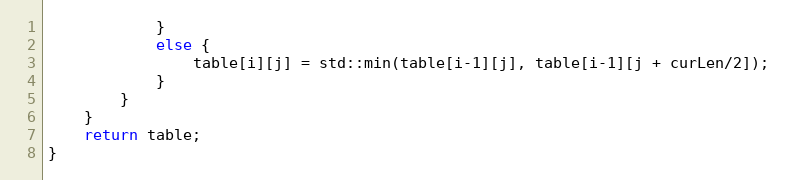
Language: C++
            }
            else {
                table[i][j] = std::min(table[i-1][j], table[i-1][j + curLen/2]);
            }
        }
    }
    return table;
}